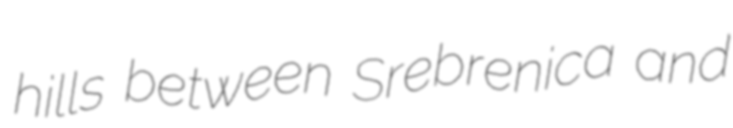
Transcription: hills between Srebrenica and